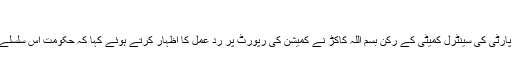
‘
برسرِ اقتدار پاکستان پیپلز پارٹی کی سینٹرل کمیٹی کے رکن بسم اللہ کاکڑ نے کمیشن کی رپورٹ پر ردِ عمل کا اظہار کرتے ہوئے کہا کہ حکومت اِس سلسلے میں اقدام کرتی آرہی ہے۔